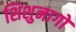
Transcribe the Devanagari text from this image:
शिशुनागों